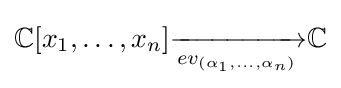
\mathbb {C} [x_{1},\ldots ,x_{n}]{\xrightarrow[{ev_{(\alpha _{1},\dots ,\alpha _{n})}}]{}}\mathbb {C}